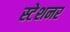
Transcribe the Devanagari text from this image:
स्टेशनर